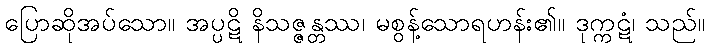
ပြောဆိုအပ်သော။ အပ္ပဋိ နိသဇ္ဇန္တဿ၊ မစွန့်သောရဟန်း၏။ ဒုက္ကဋံ၊ သည်။